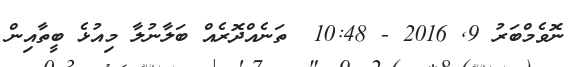
ނޮވެމްބަރު 9